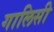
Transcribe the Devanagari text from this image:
गालिसी